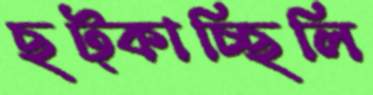
ছট্‌কাচ্ছিলি